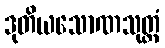
ဒုတိယသောဏသုတ္တံ